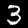
Digit: 3